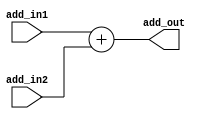
module Adder(add_in1, add_in2, add_out); 
    input [31:0] add_in1; 
    input [31:0] add_in2; 
    output [31:0] add_out;


    assign add_out = add_in1 + add_in2;

endmodule